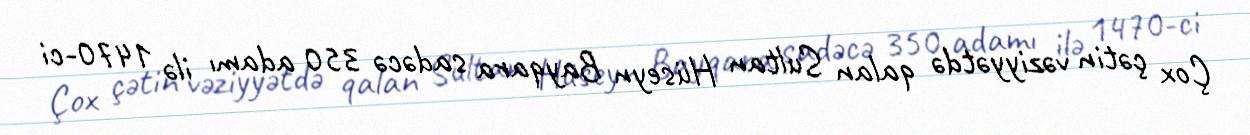
Çox çətin vəziyyətdə qalan Sultan Hüseyn Bayqara sadəcə 350 adamı ilə 1470-ci